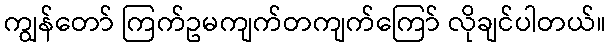
ကျွန်တော် ကြက်ဥမကျက်တကျက်ကြော် လိုချင်ပါတယ်။